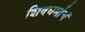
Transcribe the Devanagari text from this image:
शिवधर्माचं